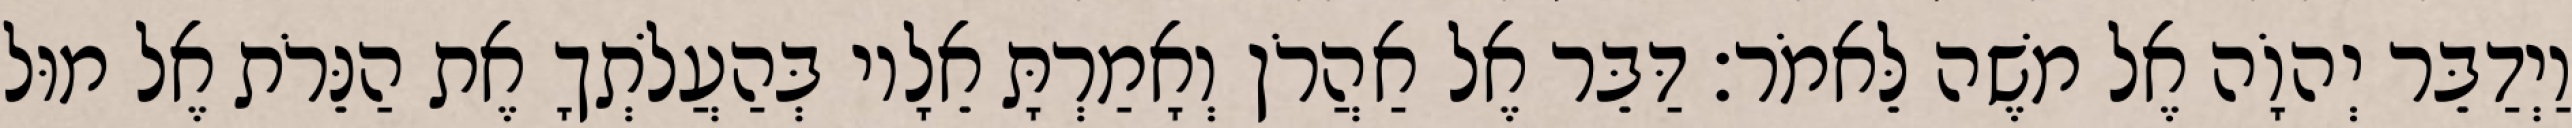
וַיְדַבֵּר יְהוָֹה אֶל משֶׁה לֵּאמֹר׃ דַּבֵּר אֶל אַהֲרֹן וְאָמַרְתָּ אֵלָיו בְּהַעֲלֹתְךָ אֶת הַנֵּרֹת אֶל מוּל